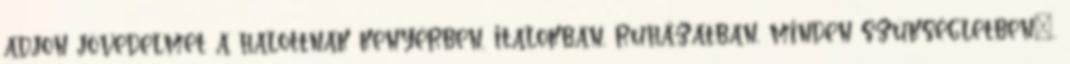
adjon jövedelmet a halottnak kenyérben, italokban, ruházatban, minden szükségletben»,